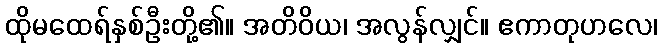
ထိုမထေရ်နှစ်ဦးတို့၏။ အတိဝိယ၊ အလွန်လျှင်။ ဧကာတုဟလေ၊